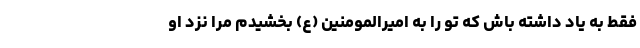
فقط به یاد داشته باش که تو را به امیرالمومنین (ع) بخشیدم مرا نزد او